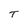
Character: T